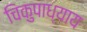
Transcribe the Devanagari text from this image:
चिकुपाध्याय